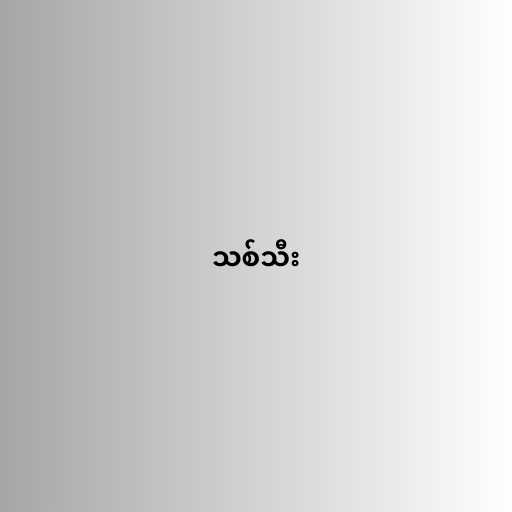
သစ်သီး